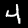
Digit: 4